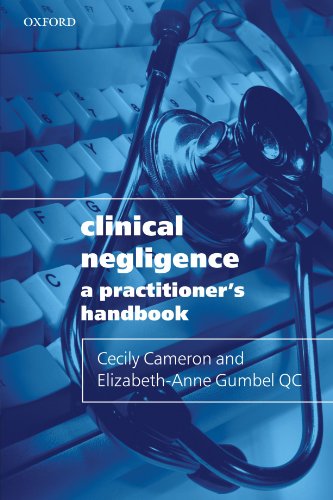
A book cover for Clinical Negligence: A Practitioner's Handbook; Cecily Cameron; Law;